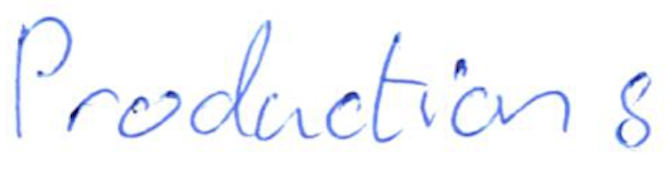
Text: Productions
Cross-out: clean
Writing tool: ballpoint